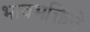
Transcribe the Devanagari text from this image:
भावभक्तिने